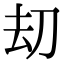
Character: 刧